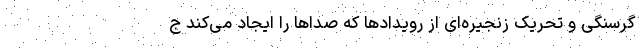
گرسنگی و تحریک زنجیره‌ای از رویداد‌ها که صدا‌ها را ایجاد می‌کند ج